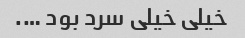
خیلی خیلی سرد بود ….